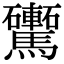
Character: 𩧕